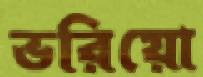
ভরিয়ো